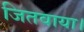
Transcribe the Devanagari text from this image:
जितवाया।